Indian journal of veterinary science and animal husbandry - Volume 10,
Year: 1940
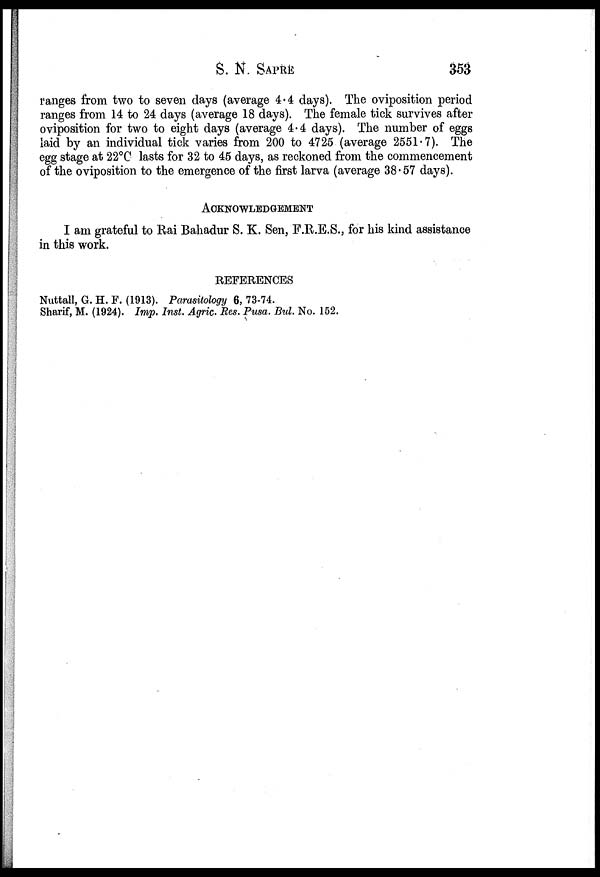
S. N.
SAPRE
353
ranges from two to seven days (average 4.4 days). The oviposition period
ranges from 14 to 24 days (average 18 days). The female tick survives after
oviposition for two to eight days (average 4.4 days). The number of eggs
laid by an individual tick varies from 200 to 4725 (average 2551.7). The
egg stage at 22°C lasts for 32 to 45 days, as reckoned from the commencement
of the oviposition to the emergence of the first larva (average 38.57 days).
ACKNOWLEDGEMENT
I am grateful to Rai Bahadur S. K. Sen, F.R.E.S., for his kind assistance
in this work.
REFERENCES
Nuttall, G. H. F. (1913). Parasitology 6, 73-74.
Sharif, M. (1924). Imp. Inst. Agric. Res. Pusa. Bul. No. 152.